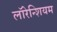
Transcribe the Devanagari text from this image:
लॉरेन्शियम